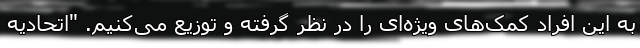
به این افراد کمک‌های ویژه‌ای را در نظر گرفته و توزیع می‌کنیم. "اتحادیه